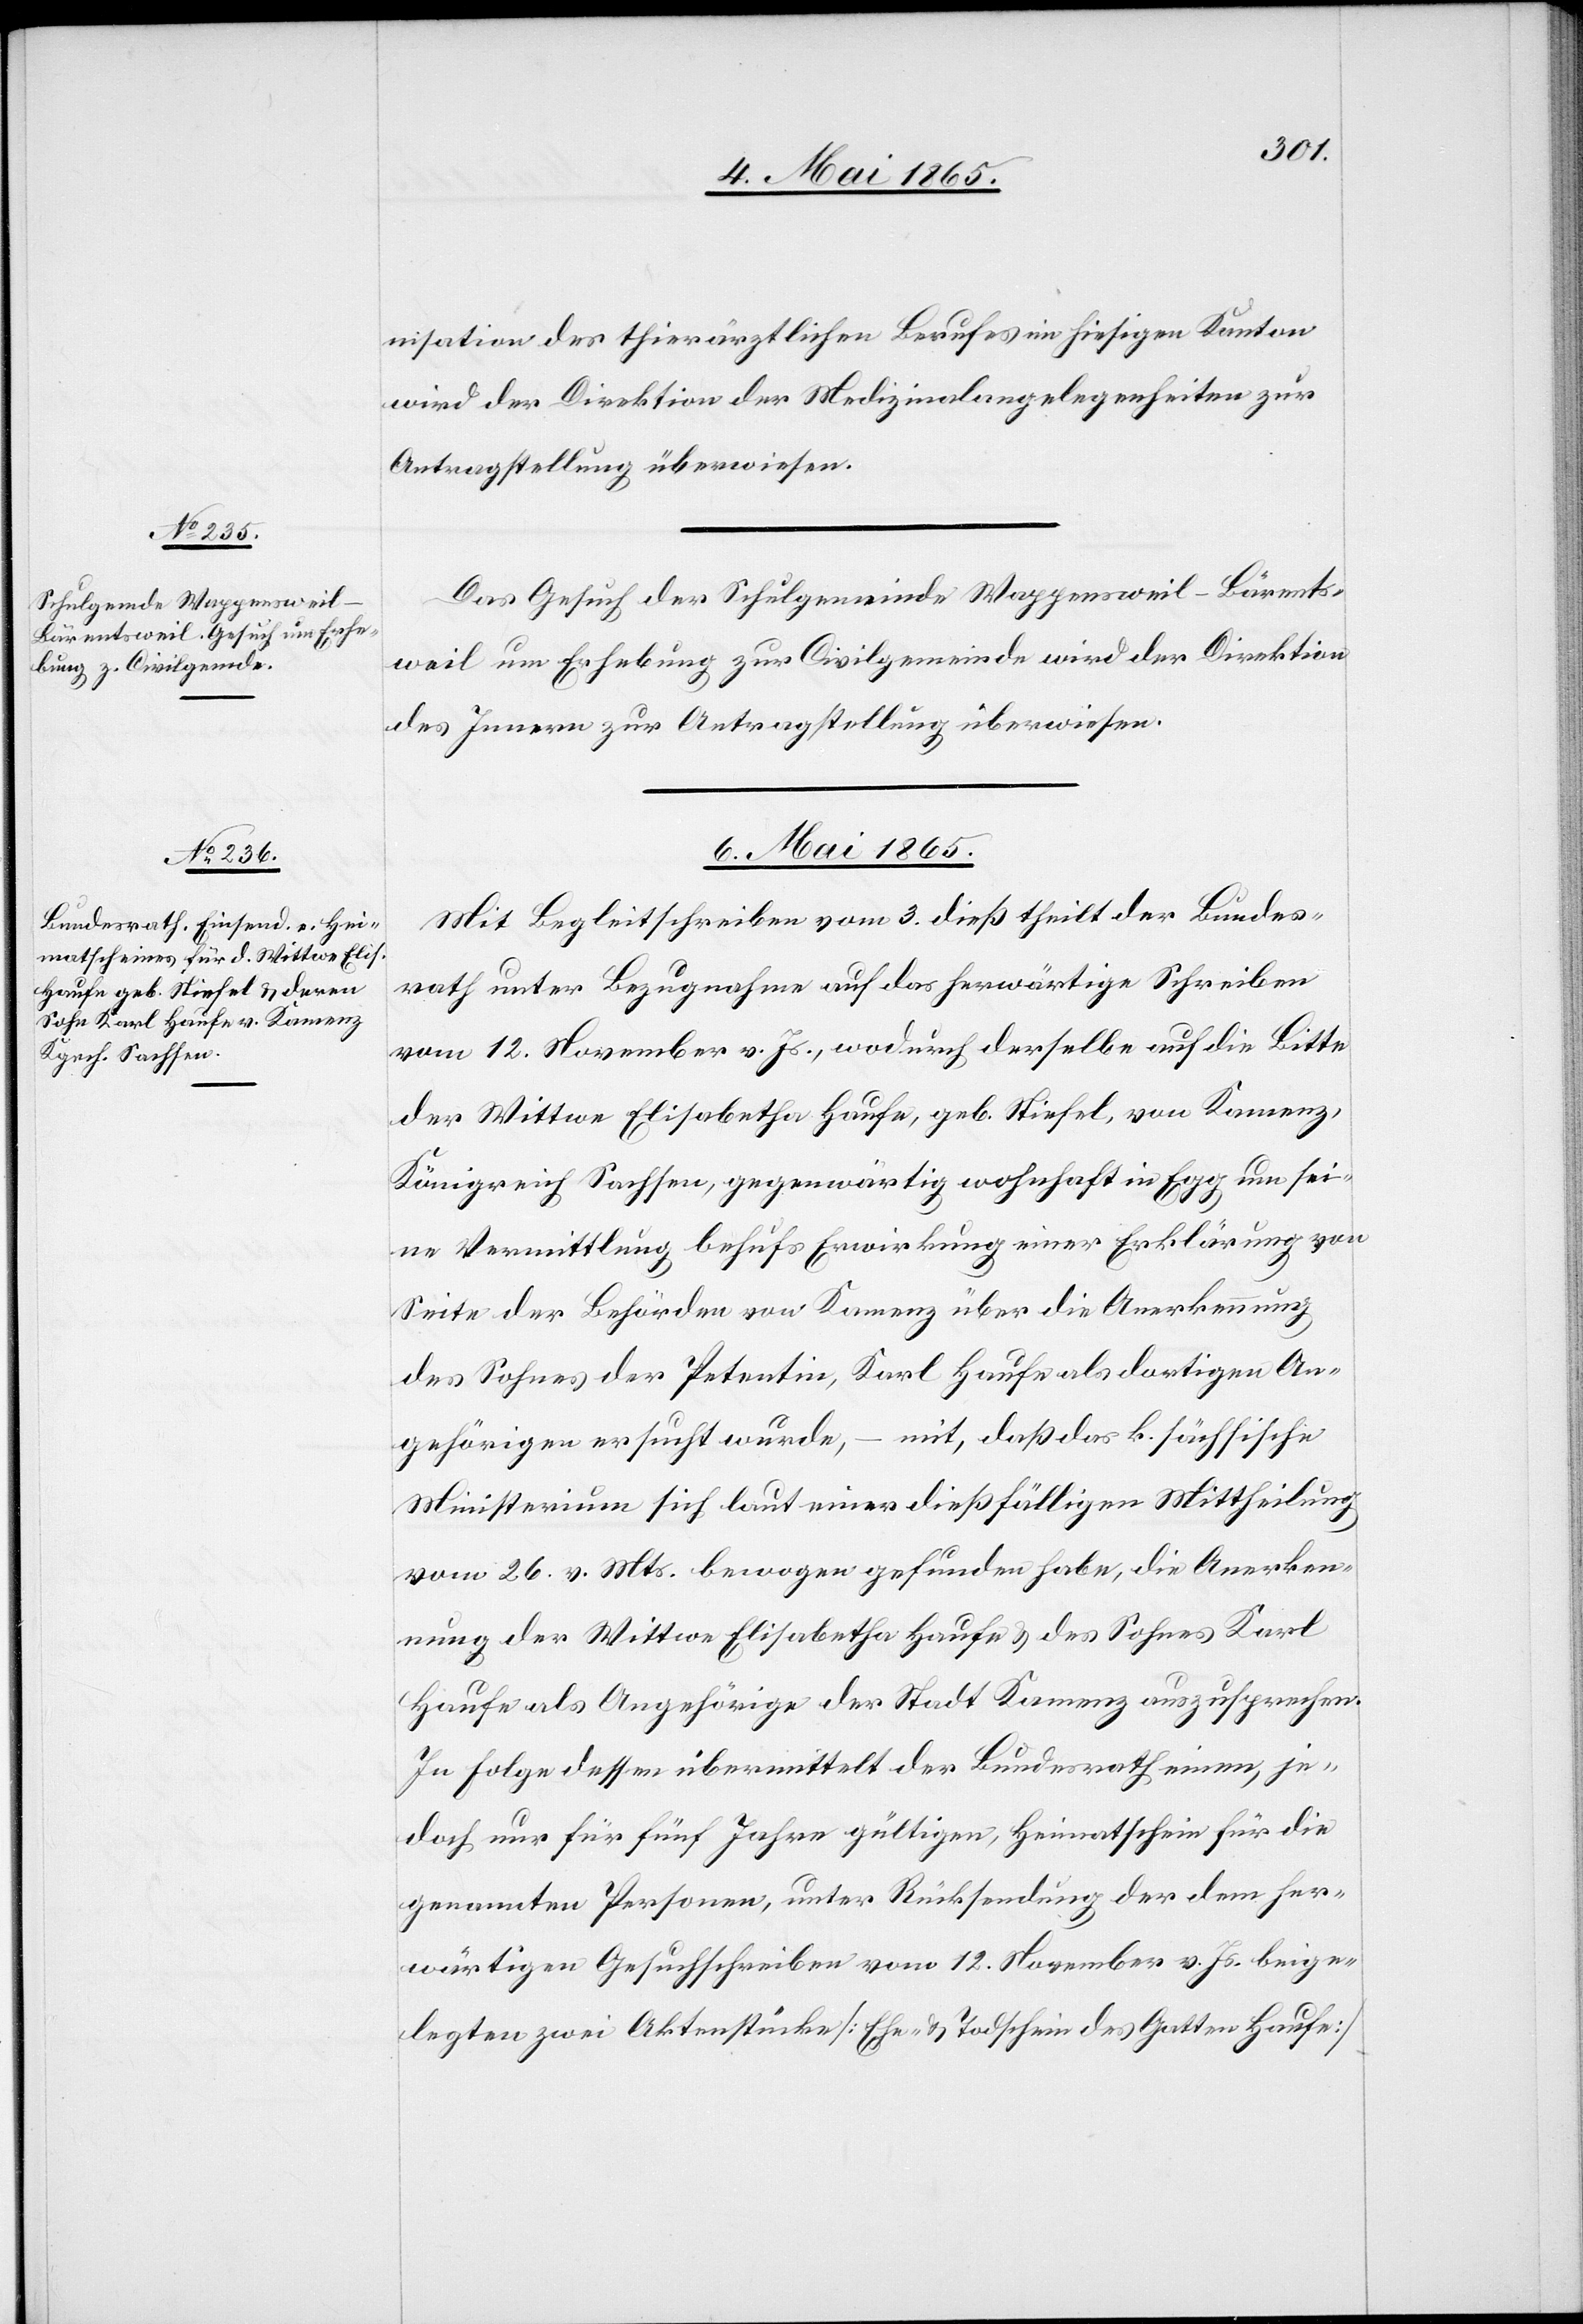
4. Mai 1865.]
nisation des thierärztlichen Berufes im hiesigen Kanton
wird der Direktion der Medizinalangelegenheiten zur
Antragstellung überwiesen.
Das Gesuch der Schulgemeinde Wappensweil-Bärents¬
weil um Erhebung zur Civilgemeinde wird der Direktion
des Innern zur Antragstellung überwiesen.
6. Mai 1865.
Mit Begleitschreiben vom 3. dieß theilt der Bundes¬
rath unter Bezugnahme auf das herwärtige Schreiben
vom 12. November v. Js., wodurch derselbe auf die Bitte
der Wittwe Elisabetha Haufe, geb. Stiefel, von Kamenz,
Königreich Sachsen, gegenwärtig wohnhaft in Egg um sei¬
ne Vermittlung behufs Erwirkung einer Erklärung von
Seite der Behörden von Kamenz über die Anerkennung
des Sohnes der Petentin, Karl Haufe als dortigen An¬
gehörigen ersucht wurde, – mit, daß das k. sächsische
Ministerium sich laut einer dießfälligen Mittheilung
vom 26. v. Mts. bewogen gefunden habe, die Anerken¬
nung der Wittwe Elisabetha Haufe & des Sohnes Karl
Haufe als Angehörige der Stadt Kamenz auszusprechen.
In Folge dessen übermittelt der Bundesrath einen, je¬
doch nur für fünf Jahre gültigen, Heimatschein für die
genannten Personen, unter Rücksendung der dem her¬
wärtigen Gesuchschreiben vom 12. November v. Js. beige¬
legten zwei Aktenstücke [Ehe- & Todschein des Gatten Haufe]